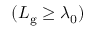
( L _ { \mathrm { g } } \ge \lambda _ { 0 } )